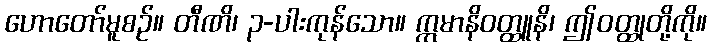
ဟောတော်မူစဉ်။ တီဏိ၊ ၃-ပါးကုန်သော။ ဣမာနိဝတ္ထူနိ၊ ဤဝတ္ထုတို့ကို။